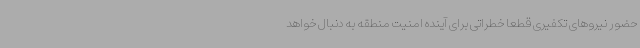
حضور نیروهای تکفیری قطعاً خطراتی برای آینده امنیت منطقه به دنبال خواهد